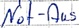
Text: Not-Aus